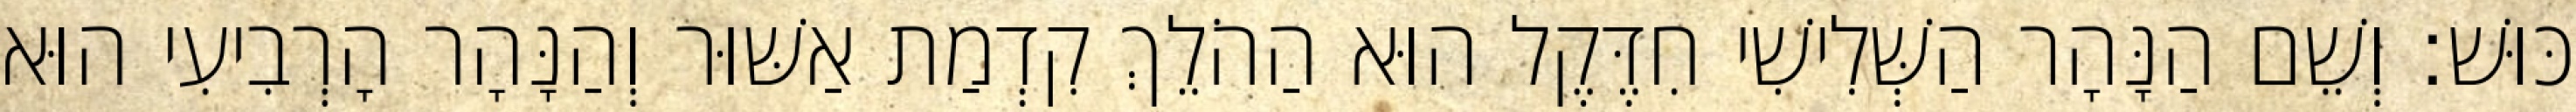
כּוּשׁ׃ וְשֵׁם הַנָּהָר הַשְּׁלִישִׁי חִדֶּקֶל הוּא הַהֹלֵךְ קִדְמַת אַשּׁוּר וְהַנָּהָר הָרְבִיעִי הוּא